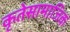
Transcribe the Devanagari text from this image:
कृतेसामाजिक